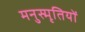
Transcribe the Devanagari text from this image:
मनुस्मृतियों